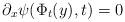
LaTeX: \begin{align*}\partial_x\psi(\Phi_t(y),t) = 0\end{align*}